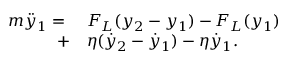
\begin{array} { r l } { { m } \ddot { y } _ { 1 } = { } } & { { } F _ { L } ( y _ { 2 } - y _ { 1 } ) - F _ { L } ( y _ { 1 } ) } \\ { + } & { { } { \eta } ( \dot { y } _ { 2 } - \dot { y } _ { 1 } ) - { \eta } \dot { y } _ { 1 } . } \end{array}